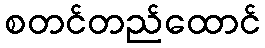
စတင်တည်ထောင်